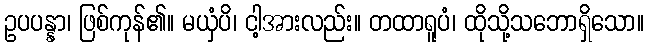
ဥပပန္နာ၊ ဖြစ်ကုန်၏။ မယှံပိ၊ ငါ့အားလည်း။ တထာရူပံ၊ ထိုသို့သဘောရှိသော။